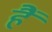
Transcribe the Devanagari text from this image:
हैें